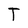
Character: T